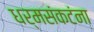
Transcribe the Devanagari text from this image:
धर्मसंकटंना